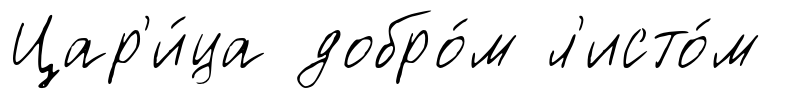
Цар'и́ца добро́м л'исто́м